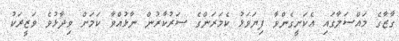
ގާޒާގެ މައްސަލާގައި އެކަށީގެންވާ ފިޔަވަޅު ކެމަރަންގެ ސަރުކާރުން ނާޅުއްވާ ކަމަށް ވިދާޅުވެ ވަޒީރަކު